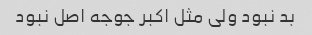
بد نبود ولی مثل اکبر جوجه اصل نبود